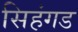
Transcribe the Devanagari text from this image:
सिहंगड